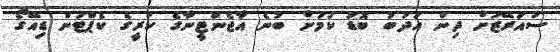
ސުއަރޭޒަށް ދިން އަދަބު ބޮޑު ކަމަށް ބުނެ އާޖެންޓީނާގެ ކުރީގެ ކެޕްޓަން ޑިއޭގޯ